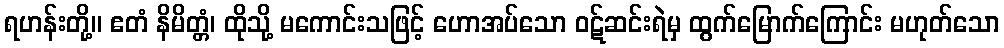
ရဟန်းတို့။ ဧတံ နိမိတ္တံ၊ ထိုသို့ မကောင်းသဖြင့် ဟောအပ်သော ဝဋ်ဆင်းရဲမှ ထွက်မြောက်ကြောင်း မဟုတ်သော